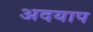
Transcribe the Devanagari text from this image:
अदयाप